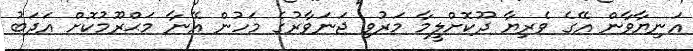
އަނިޔާވާން އޭގެ ވެރިޔާ ދޫކޮށްލީމާ މަރުވި ޖަނަވާރުގެ މަހުން އޭނާ މަޙްރޫމުކޮށް އަދަބު